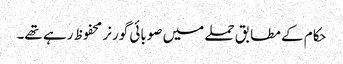
حکام کے مطابق حملے میں صوبائی گورنر محفوظ رہے تھے۔